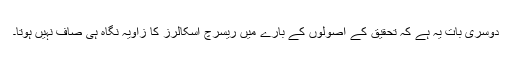
دوسری بات یہ ہے کہ تحقیق کے اصولوں کے بارے میں ریسرچ اسکالرز کا زاویہ نگاہ ہی صاف نہیں ہوتا۔